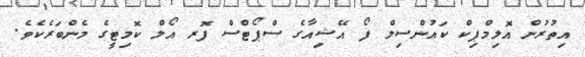
އިތުރުން އޮލިމްޕިކް ކައުންސިލް ފޯ އޭޝިއާގެ ސްޕޯޓްސް ފޮރ އޯލް ކޮމިޓީގެ މެންބަރެކެވެ.